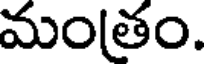
మంతం.